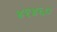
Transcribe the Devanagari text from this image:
४१४६०